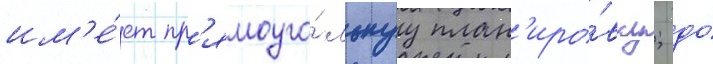
им'е́ет пр'ямоуго́льнуу план'иро́вку; до́